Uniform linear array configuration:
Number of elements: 12
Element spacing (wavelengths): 0.75
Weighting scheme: blackman
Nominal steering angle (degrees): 0
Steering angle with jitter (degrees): -1.4
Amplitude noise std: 0.05
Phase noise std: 0.05

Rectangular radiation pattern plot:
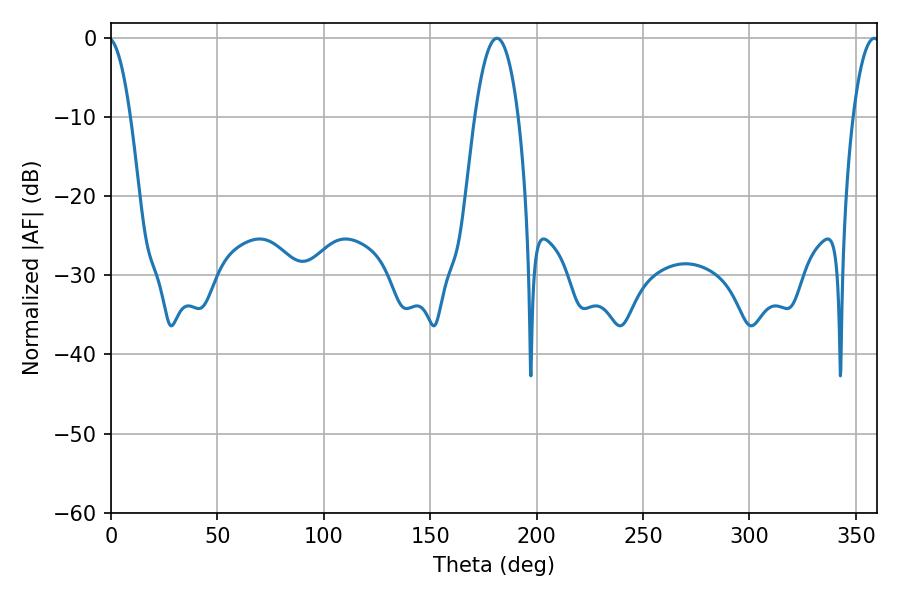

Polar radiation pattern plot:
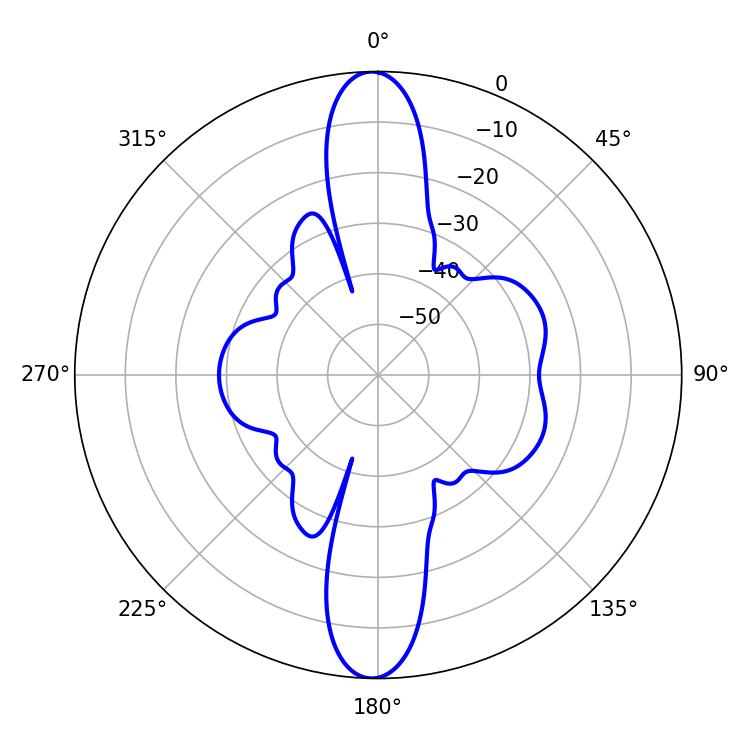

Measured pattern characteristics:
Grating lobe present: TRUE
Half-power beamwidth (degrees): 11.16
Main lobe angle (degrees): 181.26